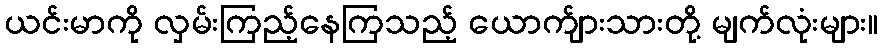
ယင်းမာကို လှမ်းကြည့်နေကြသည့် ယောက်ျားသားတို့ မျက်လုံးများ။